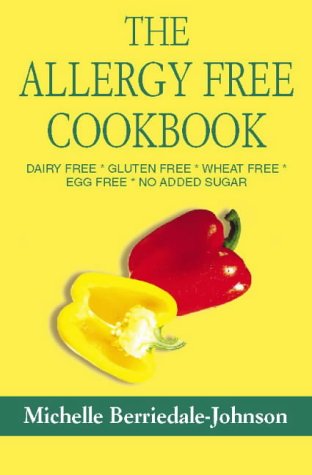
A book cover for The Allergy Free Cookbook: Dairy Free, Gluten Free, Wheat Free, Egg Free, No Added Sugar; Michelle Berriedale-Johnson; Health, Fitness & Dieting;